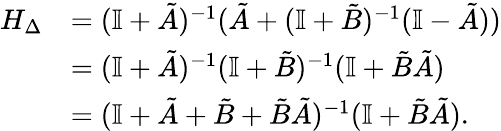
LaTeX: \begin{array}{rl}{H_{\Delta}}&{=(\mathbb I+\tilde{A})^{-1}(\tilde{A}+(\mathbb I+\tilde{B})^{-1}(\mathbb I-\tilde{A}))}\\ &{=(\mathbb I+\tilde{A})^{-1}(\mathbb I+\tilde{B})^{-1}(\mathbb I+\tilde{B}\tilde{A})}\\ &{=(\mathbb I+\tilde{A}+\tilde{B}+\tilde{B}\tilde{A})^{-1}(\mathbb I+\tilde{B}\tilde{A}).}\end{array}